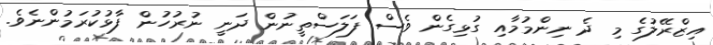
އިޒްރޭލުގެ މި ދެ ނިންމުމާއި ގުޅިގެން ވެސް ފަލަސްތީނުން ދަނީ ނުރުހުން ފާޅުކުރަމުންނެވެ.